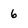
Character: 6